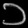
Digit: ၁